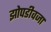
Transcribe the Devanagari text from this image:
झोपडीवजा